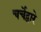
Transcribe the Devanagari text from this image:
चर्चेद्वारे